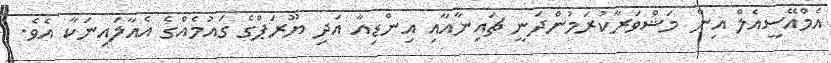
އެމްއޭސީއެލް އިން މަޝްވަރާކުރަމުންދަނީ ޗައިނާއާއި އިންޑިއާ އަދި ޔޫރަޕްގެ ގައުމެއްގެ އެއާލައިނަކާ އެވެ.